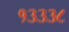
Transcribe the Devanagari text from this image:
१३३३८